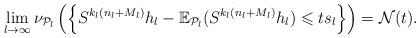
LaTeX: \begin{align*}\lim_{l\to\infty}\nu_{\mathcal P_{l}}\left(\Big\{S^{k_l(n_l+M_l)} h_l-\mathbb{E}_{\mathcal{P}_{l}}(S^{k_l(n_l+M_l)} h_l)\leqslant t s_l\Big\}\right)=\mathcal{N}(t).\end{align*}